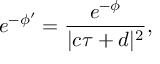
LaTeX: e ^ { - \phi ^ { \prime } } = \frac { e ^ { - \phi } } { | c \tau + d | ^ { 2 } } ,